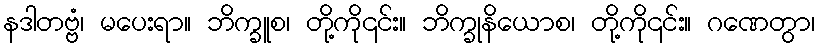
နဒါတဗ္ဗံ၊ မပေးရာ။ ဘိက္ခူစ၊ တို့ကို၎င်း။ ဘိက္ခုနိယောစ၊ တို့ကို၎င်း။ ဂဏေတွာ၊